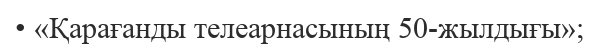
• «Қарағанды телеарнасының 50-жылдығы»;